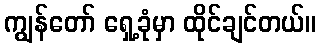
ကျွန်တော် ရှေ့ခုံမှာ ထိုင်ချင်တယ်။